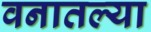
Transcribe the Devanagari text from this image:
वनातल्या